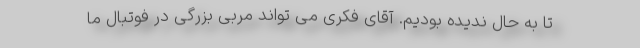
تا به حال ندیده بودیم. آقای فکری می تواند مربی بزرگی در فوتبال ما